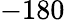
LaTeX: -180